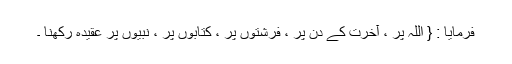
فرمایا : { اللہ پر ، آخرت کے دن پر ، فرشتوں پر ، کتابوں پر ، نبیوں پر عقیدہ رکھنا ۔